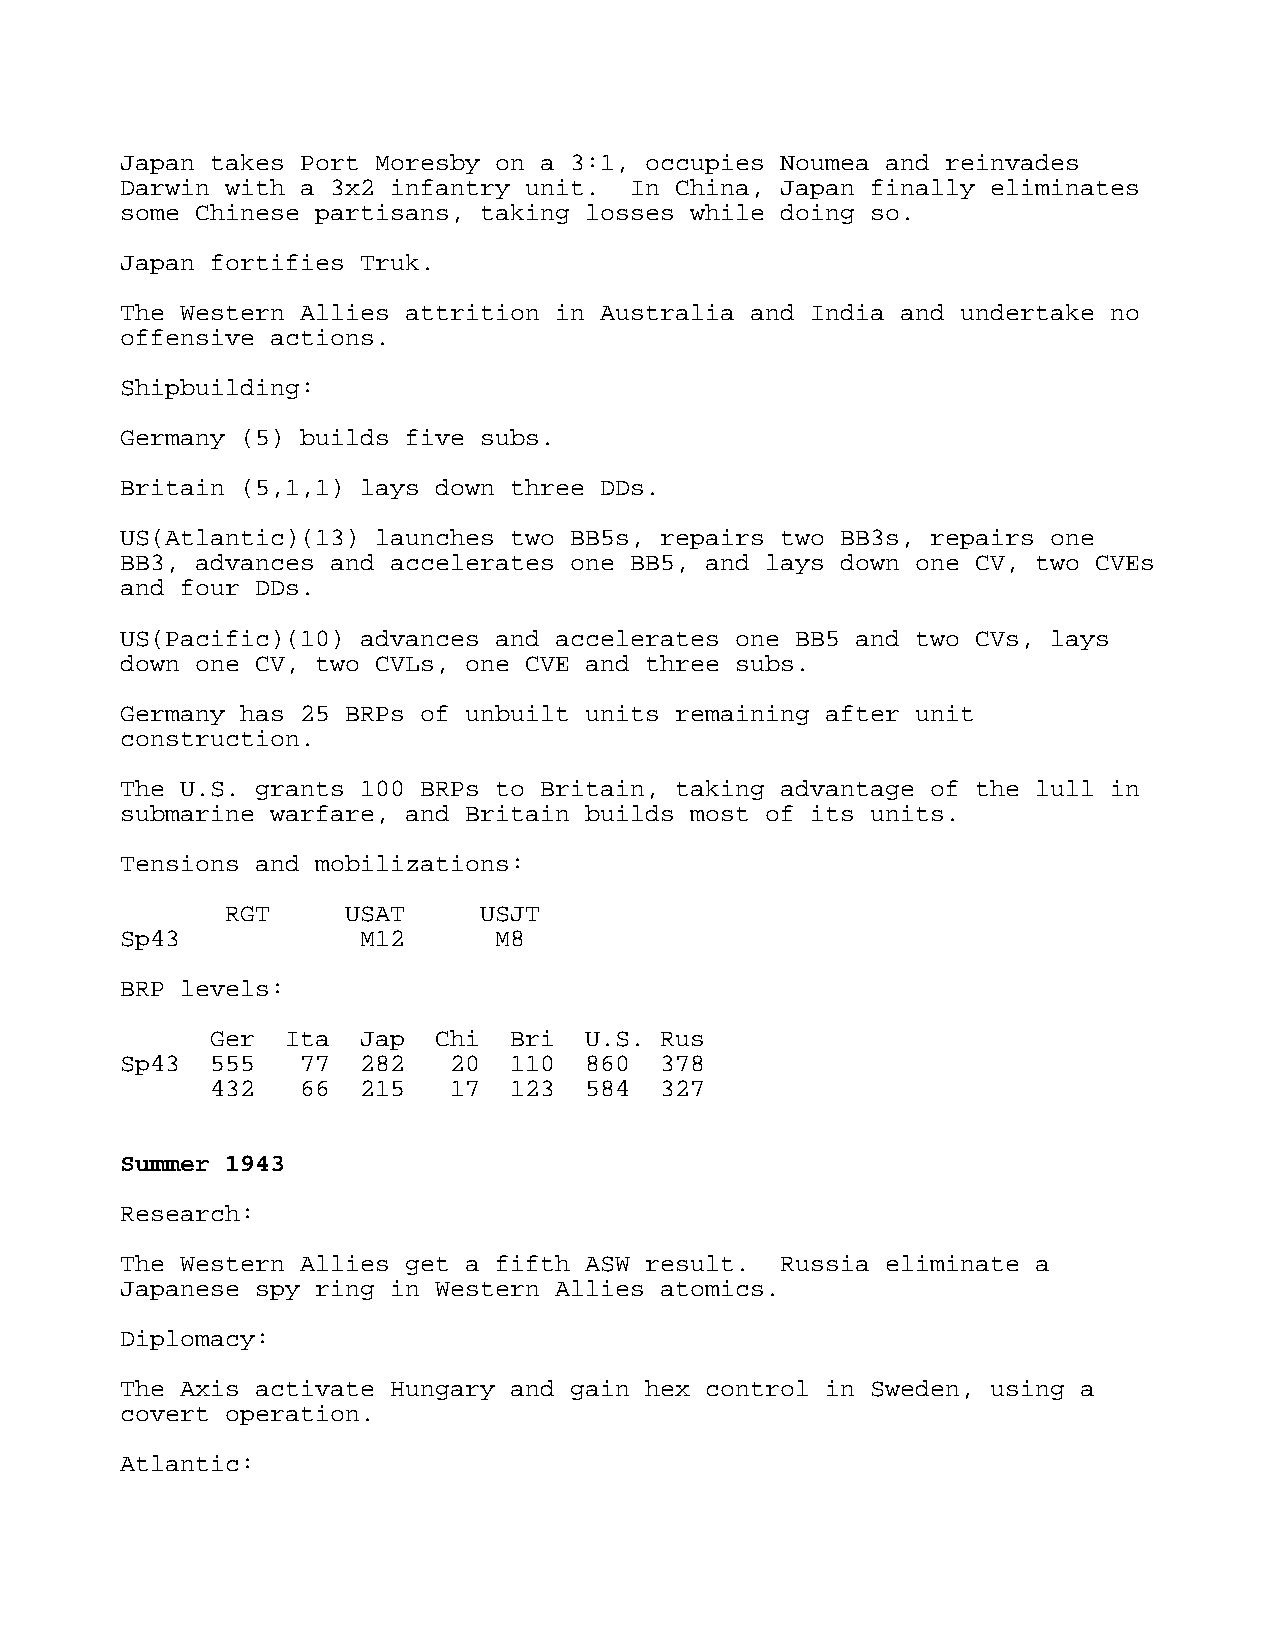
Japan takes Port Moresby on a 3:1, occupies Noumea and reinvades
 Darwin with a 3x2 infantry unit.  In China, Japan finally eliminates
 some Chinese partisans, taking losses while doing so.
 Japan fortifies Truk.
 The Western Allies attrition in Australia and India and undertake no
 offensive actions.
 Shipbuilding:
 Germany (5) builds five subs.
 Britain (5,1,1) lays down three DDs.
 US(Atlantic)(13) launches two BB5s, repairs two BB3s, repairs one
 BB3, advances and accelerates one BB5, and lays down one CV, two CVEs
 and four DDs.
 US(Pacific)(10) advances and accelerates one BB5 and two CVs, lays
 down one CV, two CVLs, one CVE and three subs.
 Germany has 25 BRPs of unbuilt units remaining after unit
 construction.
 The U.S. grants 100 BRPs to Britain, taking advantage of the lull in
 submarine warfare, and Britain builds most of its units.
 Tensions and mobilizations:
 RGT     USAT     USJT
 Sp43            M12      M8
 BRP levels:
 Ger  Ita  Jap  Chi  Bri  U.S. Rus
 Sp43  555   77  282   20  110  860  378
 432   66  215   17  123  584  327
 Summer 1943
 Research:
 The Western Allies get a fifth ASW result.  Russia eliminate a
 Japanese spy ring in Western Allies atomics.
 Diplomacy:
 The Axis activate Hungary and gain hex control in Sweden, using a
 covert operation.
 Atlantic: